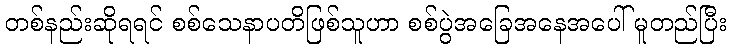
တစ်နည်းဆိုရရင် စစ်သေနာပတိဖြစ်သူဟာ စစ်ပွဲအခြေအနေအပေါ် မူတည်ပြီး